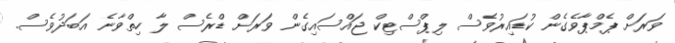
ވަރަށް ޕެމްޕާވެގެން ކުޑައިރުވެސް ލިޕްސްޓިކް ޖައްސައިގެން ވަރަށް ޑްރެސް ލާ ހިތްވާނެ އަބަދުވެސް.